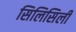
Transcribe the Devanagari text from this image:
सिलिसिली